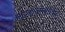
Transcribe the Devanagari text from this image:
मदवानमास्तर